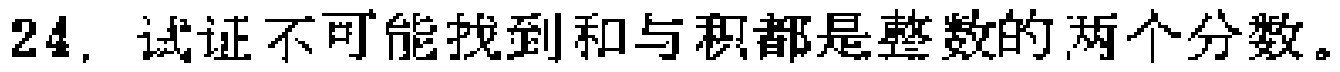
24. 试证不可能找到和与积都是整数的两个分数。